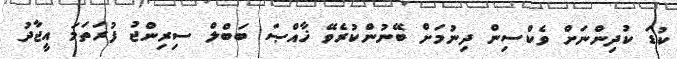
ކުޑަ ކުދިންނަށް ވެކްސިން ދިނުމަށް ބޭނުންކުރެވޭ ޚާއްޞަ ބަބްލް ސިރިންޖު ފުރަތަމަ އީޖާދު